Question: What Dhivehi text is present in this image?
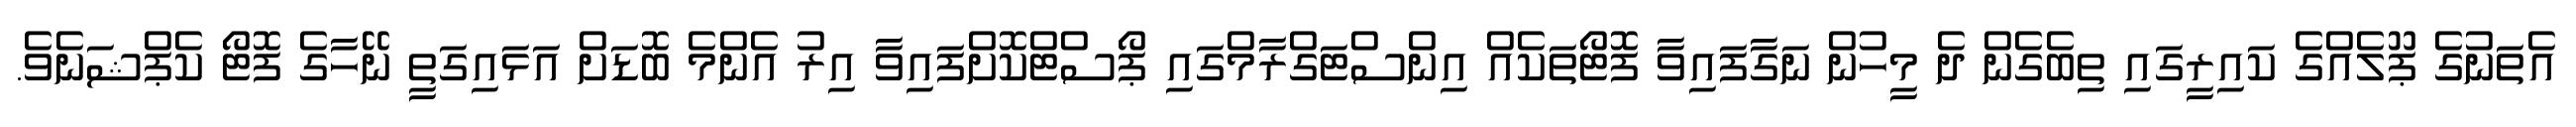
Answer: އެތަނުގެ ޕޫލެއްގެ ކައިރީގައި ތިބެގެން ދެ މީހުން ނަގާފައިވާ ފޮޓޯތަކެއް އިންސްޓަގްރާމްގައި ޕޯސްޓްކޮށްފައިވާ އިރު އެންމެ ބޮޑަށް އަޅައިގަތީ ނޭހާގެ ފޮޓޯ ކެޕްޝަނެވެ.